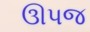
ઊપજ